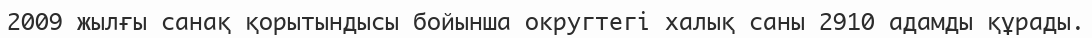
2009 жылғы санақ қорытындысы бойынша округтегі халық саны 2910 адамды құрады.